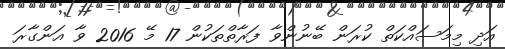
އަދި މިމަސައްކަތް ކުރަން ބޭނުންވާ ފަރާތްތަކުން 17 މޭ 2016 ވާ އަންގާރަ